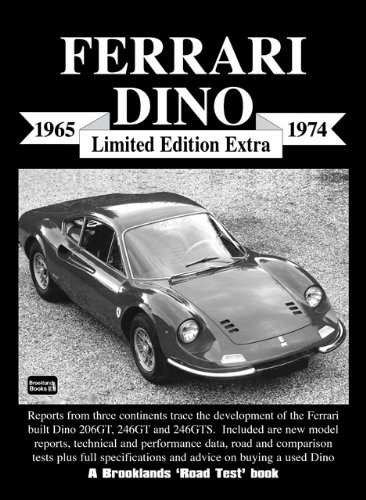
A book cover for Ferrari Dino Limited Edition Extra 1965-1974; R.M. Clarke; Engineering & Transportation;